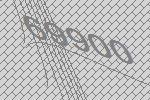
69900